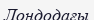
Лондодағы